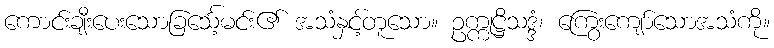
ကောင်းချီးပေးသောခြင်္သေ့မင်း၏ အသံနှင့်တူသော။ ဥက္ကုဋ္ဌိသဒ္ဒံ၊ ကြွေးကျော်သောအသံကို။